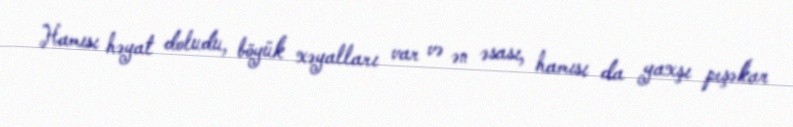
Hamısı həyat doludu, böyük xəyalları var və ən əsası, hamısı da yaxşı peşəkar